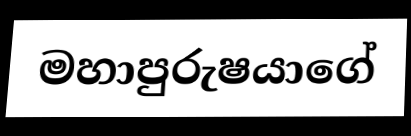
මහාපුරුෂයාගේ